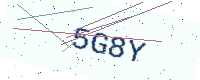
Text: 5G8Y